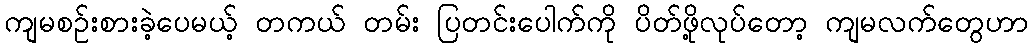
ကျမစဉ်းစားခဲ့ပေမယ့် တကယ် တမ်း ပြတင်းပေါက်ကို ပိတ်ဖို့လုပ်တော့ ကျမလက်တွေဟာ